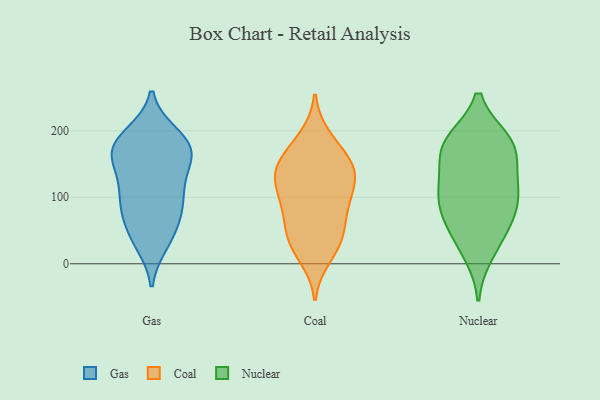
{"axis": {"x": "Bounce Rate (%)", "y": "Value"}, "legend": ["Coal", "Gas", "Nuclear"], "data": [{"x": "", "y": 30, "type": "Gas"}, {"x": "", "y": 95, "type": "Gas"}, {"x": "", "y": 168, "type": "Gas"}, {"x": "", "y": 93, "type": "Gas"}, {"x": "", "y": 195, "type": "Gas"}, {"x": "", "y": 168, "type": "Gas"}, {"x": "", "y": 172, "type": "Gas"}, {"x": "", "y": 41, "type": "Gas"}, {"x": "", "y": 74, "type": "Gas"}, {"x": "", "y": 162, "type": "Gas"}, {"x": "", "y": 70, "type": "Gas"}, {"x": "", "y": 190, "type": "Gas"}, {"x": "", "y": 84, "type": "Gas"}, {"x": "", "y": 36, "type": "Gas"}, {"x": "", "y": 168, "type": "Gas"}, {"x": "", "y": 122, "type": "Gas"}, {"x": "", "y": 119, "type": "Gas"}, {"x": "", "y": 161, "type": "Gas"}, {"x": "", "y": 193, "type": "Gas"}, {"x": "", "y": 130, "type": "Gas"}, {"x": "", "y": 74, "type": "Coal"}, {"x": "", "y": 98, "type": "Coal"}, {"x": "", "y": 142, "type": "Coal"}, {"x": "", "y": 154, "type": "Coal"}, {"x": "", "y": 60, "type": "Coal"}, {"x": "", "y": 11, "type": "Coal"}, {"x": "", "y": 37, "type": "Coal"}, {"x": "", "y": 37, "type": "Coal"}, {"x": "", "y": 137, "type": "Coal"}, {"x": "", "y": 95, "type": "Coal"}, {"x": "", "y": 29, "type": "Coal"}, {"x": "", "y": 100, "type": "Coal"}, {"x": "", "y": 128, "type": "Coal"}, {"x": "", "y": 142, "type": "Coal"}, {"x": "", "y": 178, "type": "Coal"}, {"x": "", "y": 189, "type": "Coal"}, {"x": "", "y": 139, "type": "Coal"}, {"x": "", "y": 66, "type": "Nuclear"}, {"x": "", "y": 16, "type": "Nuclear"}, {"x": "", "y": 89, "type": "Nuclear"}, {"x": "", "y": 175, "type": "Nuclear"}, {"x": "", "y": 163, "type": "Nuclear"}, {"x": "", "y": 110, "type": "Nuclear"}, {"x": "", "y": 132, "type": "Nuclear"}, {"x": "", "y": 116, "type": "Nuclear"}, {"x": "", "y": 38, "type": "Nuclear"}, {"x": "", "y": 185, "type": "Nuclear"}, {"x": "", "y": 98, "type": "Nuclear"}, {"x": "", "y": 184, "type": "Nuclear"}, {"x": "", "y": 65, "type": "Nuclear"}, {"x": "", "y": 183, "type": "Nuclear"}]}